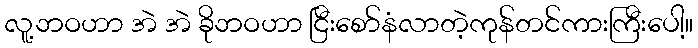
လူ့ဘဝဟာ အဲ အဲ ခိုဘဝဟာ ငြီးစော်နံလာတဲ့ကုန်တင်ကားကြီးပေါ့။